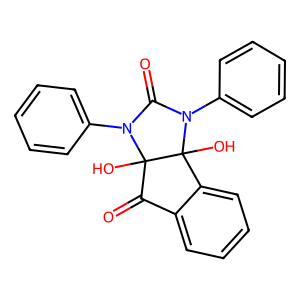
SMILES: O=C1N(c2ccccc2)C2(O)C(=O)c3ccccc3C2(O)N1c1ccccc1
Inhibits HIV replication: No